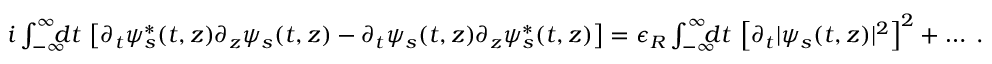
\begin{array} { r l r } & { } & { \! \! \! \! \! \! \! \! \! \! \! \! \! \! \! \! \! \! \! \! i \int _ { - \infty } ^ { \infty } \! \! \! \! d t \, \left[ \partial _ { t } \psi _ { s } ^ { * } ( t , z ) \partial _ { z } \psi _ { s } ( t , z ) - \partial _ { t } \psi _ { s } ( t , z ) \partial _ { z } \psi _ { s } ^ { * } ( t , z ) \right] = \epsilon _ { R } \int _ { - \infty } ^ { \infty } \! \! \! \! d t \, \left[ \partial _ { t } | \psi _ { s } ( t , z ) | ^ { 2 } \right] ^ { 2 } + \dots \; . } \end{array}